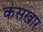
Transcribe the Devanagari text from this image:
कंसखार